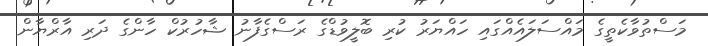
މަސްތުވާކެތީގެ މައްސަލައެއްގައި ހައްޔަރު ކުރި ބޮލީވުޑްގެ ރަސްގެފާނު ޝާހުރުކް ހާންގެ ދަރި އާރްޔާން